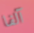
آلفا